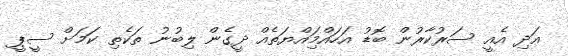
އަދި އެއީ ސަރުކާރުން ބޮޑު އަހައްމިައްޔަތެއް ދީގެން ލިބުނު ތަކެތި ކަމަށް ސީޕީ